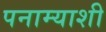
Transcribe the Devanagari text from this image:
पनाम्याशी